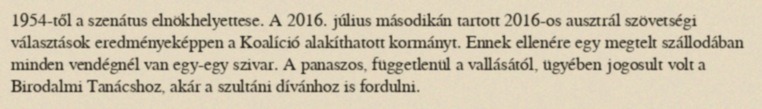
1954-től a szenátus elnökhelyettese. A 2016. július másodikán tartott 2016-os ausztrál szövetségi választások eredményeképpen a Koalíció alakíthatott kormányt. Ennek ellenére egy megtelt szállodában minden vendégnél van egy-egy szivar. A panaszos, függetlenül a vallásától, ügyében jogosult volt a Birodalmi Tanácshoz, akár a szultáni dívánhoz is fordulni.